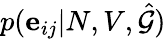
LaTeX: p(\mathbf{e}_{ij}|N,V,\hat{\mathcal{G}})